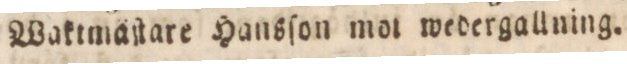
Waktmåſtare Hansſon mot wedergallning.